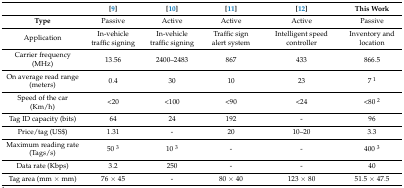
<table><thead><tr><td></td><td><b>[9]</b></td><td><b>[10]</b></td><td><b>[11]</b></td><td><b>[12]</b></td><td><b>This Work</b></td></tr></thead><tbody><tr><td><b>Type</b></td><td>Passive</td><td>Active</td><td>Active</td><td>Active</td><td>Passive</td></tr><tr><td>Application</td><td>In-vehicle traffic signing</td><td>In-vehicle traffic signing</td><td>Traffic sign alert system</td><td>Intelligent speed controller</td><td>Inventory and location</td></tr><tr><td>Carrier frequency (MHz)</td><td>13.56</td><td>2400–2483</td><td>867</td><td>433</td><td>866.5</td></tr><tr><td>On average read range (meters) </td><td>0.4</td><td>30</td><td>10</td><td>23</td><td>7 <sup>1</sup></td></tr><tr><td>Speed of the car (Km/h)</td><td>&lt;20</td><td>&lt;100</td><td>&lt;90</td><td>&lt;24</td><td>&lt;80 <sup>2</sup></td></tr><tr><td>Tag ID capacity (bits)</td><td>64</td><td>24</td><td>192</td><td>-</td><td>96</td></tr><tr><td>Price/tag (US$)</td><td>1.31</td><td>-</td><td>20</td><td>10–20</td><td>3.3</td></tr><tr><td>Maximum reading rate (Tags/s)</td><td>50 <sup>3</sup></td><td>10 <sup>3</sup></td><td>-</td><td>-</td><td>400 <sup>3</sup></td></tr><tr><td>Data rate (Kbps)</td><td>3.2</td><td>250</td><td>-</td><td>-</td><td>40</td></tr><tr><td>Tag area (mm × mm)</td><td>76 × 45</td><td>-</td><td>80 × 40</td><td>123 × 80</td><td>51.5 × 47.5</td></tr></tbody></table>